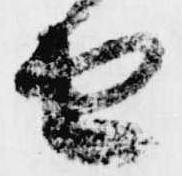
由